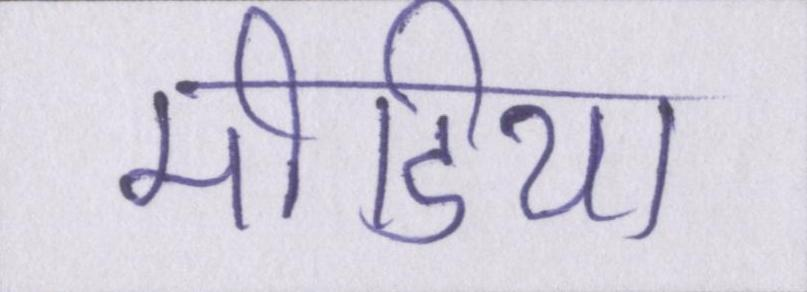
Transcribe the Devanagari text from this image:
मीडिया